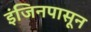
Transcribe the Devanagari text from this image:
इंजिनपासून